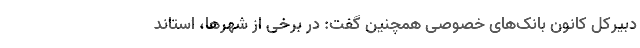
دبیرکل کانون بانک‌های خصوصی همچنین گفت: در برخی از شهرها،‌ استاند